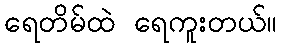
ရေတိမ်ထဲ ရေကူးတယ်။